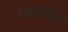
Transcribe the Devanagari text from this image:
एरवॉर्टन